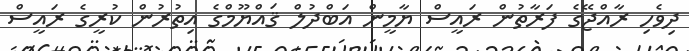
ދިވެހި ރާއްޖޭގެ ފަރާތުން ރައީސް ޔާމީން އަބްދުލް ޤައްޔޫމްގެ އިތުރުން ކުރީގެ ރައީސް